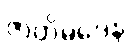
ဇာတိမဒေန